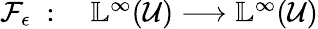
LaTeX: \begin{array}{rl}{\mathcal{F}_{\epsilon}\; :\; }&{{}\mathbb{L}^{\infty}(\mathcal{U})\longrightarrow\mathbb{L}^{\infty}(\mathcal{U})}\end{array}